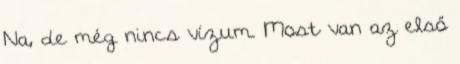
Na, de még nincs vízum. Most van az első